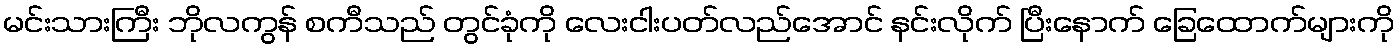
မင်းသားကြီး ဘိုလကွန် စကီသည် တွင်ခုံကို လေးငါးပတ်လည်အောင် နင်းလိုက် ပြီးနောက် ခြေထောက်များကို